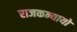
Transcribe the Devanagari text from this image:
राजकन्यायों